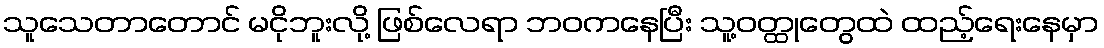
သူသေတာတောင် မငိုဘူးလို့ ဖြစ်လေရာ ဘဝကနေပြီး သူ့ဝတ္ထုတွေထဲ ထည့်ရေးနေမှာ